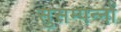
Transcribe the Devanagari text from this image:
सुसम्पन्नों